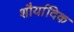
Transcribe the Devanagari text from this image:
शौर्यादिक